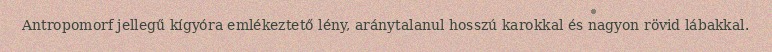
Antropomorf jellegű kígyóra emlékeztető lény, aránytalanul hosszú karokkal és nagyon rövid lábakkal.